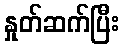
နှုတ်ဆက်ပြီး